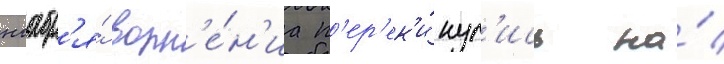
ноабр'я́ волн'е́н'иа п'ер'ек'и́нул'ись на́